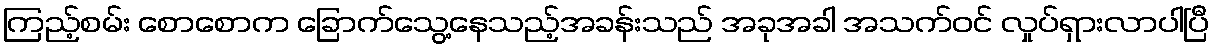
ကြည့်စမ်း စောစောက ခြောက်သွေ့နေသည့်အခန်းသည် အခုအခါ အသက်ဝင် လှုပ်ရှားလာပါပြီ